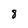
Character: 8